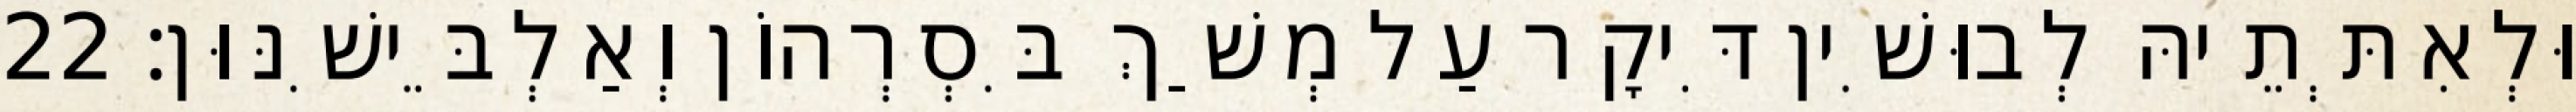
וּלְאִתְּתֵיהּ לְבוּשִׁין דִּיקָר עַל מְשַׁךְ בִּסְרְהוֹן וְאַלְבֵּישִׁנּוּן׃ 22